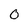
Character: O